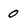
Character: 0